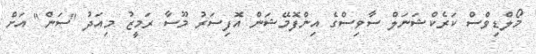
މޯލްޑިވްސް ކަރެކްޝަނަލް ސާވިސްގެ އިންފޮމޭޝަން އޮފިސަރު މޫސާ ރަމީޒު މިއަދު "ސަން" އަށް